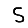
Digit: 5